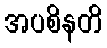
အပစိနတိ